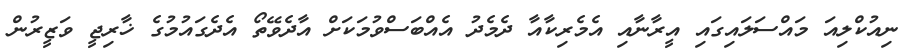
ނިއުކްލިއަ މައްސަލައިގައި އީރާނާއި އެމެރިކާއާ ދެމެދު އެއްބަސްވުމަކަށް އާދެވޭތޯ އެދެގައުމުގެ ޚާރިޖީ ވަޒީރުން